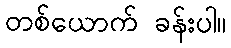
တစ်ယောက် ခန်းပါ။